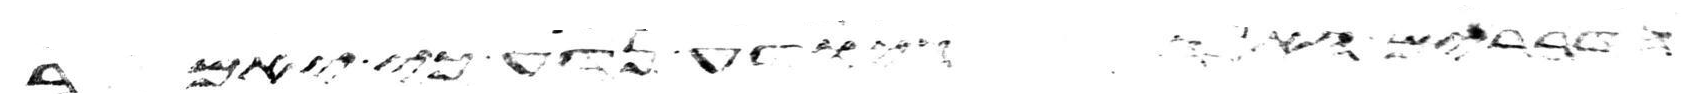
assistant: הדברים האלה היודע נדע כי יאמר